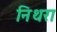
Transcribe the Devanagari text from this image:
निथरा